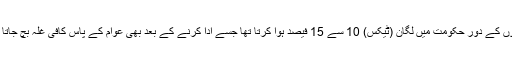
مغلوں کے دور حکومت میں لگان (ٹیکس) 10 سے 15 فیصد ہوا کرتا تھا جسے ادا کرنے کے بعد بھی عوام کے پاس کافی غلہ بچ جاتا تھا۔